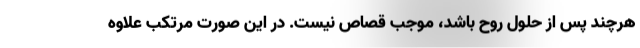
هرچند پس از حلول روح باشد، موجب قصاص نیست. در این صورت مرتکب علاوه